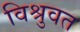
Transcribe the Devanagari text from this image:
विश्रुवत